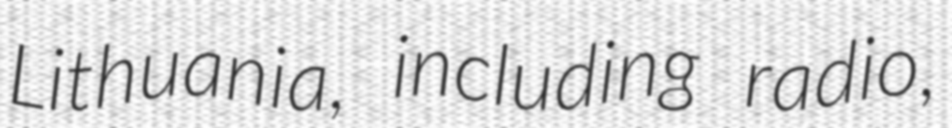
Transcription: Lithuania, including radio,